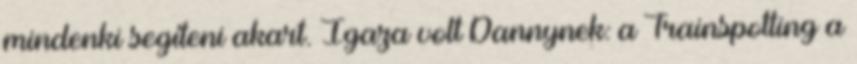
mindenki segíteni akart. Igaza volt Dannynek: a Trainspotting a